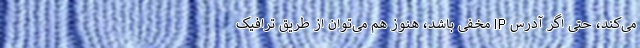
می‌کند، حتی اگر آدرس IP مخفی باشد، هنوز هم می‌توان از طریق ترافیک